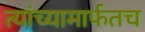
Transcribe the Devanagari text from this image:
त्यांच्यामार्फतच